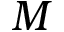
M